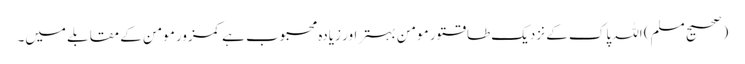
(صحیح مسلم) اللہ پاک کے نزدیک طاقتور مومن بہتر اور زیادہ محبوب ہے کمزور مومن کے مقابلے میں۔